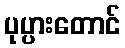
ပုပ္ပားတောင်